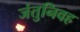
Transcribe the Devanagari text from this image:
जंतुनिवह